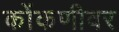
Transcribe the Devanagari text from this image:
कोंकणीवर